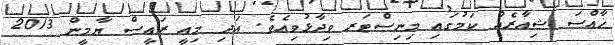
ޚާއްސަ ޝިއާރެއް ކަމުގައި މިނިސްޓަރ ވިދާޅުވިއެވެ. އަދި މިއީ ރައީސް ޔާމީން 2013